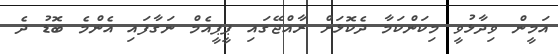
އަމީން ވިދާޅުވީ މިކަންކަމާ ދެކޮޅަށް ރާއްޖޭގައި ޕީޕީއެމް ނަގާފައި އެންމެ ބޮޑު ދެ